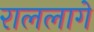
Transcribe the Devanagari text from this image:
राललागे